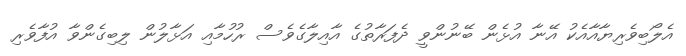
އެލޯބިވެރިޔާއާއެކު އޭނާ އުޅެން ބޭނުންވީ ދެފަރާތުގެ އާއިލާގެވެސް ރުހުމާއި އަޅާލުން ލިބިގެންވާ އުފާވެރި